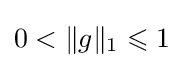
0<\|g\|_{1}\leqslant 1